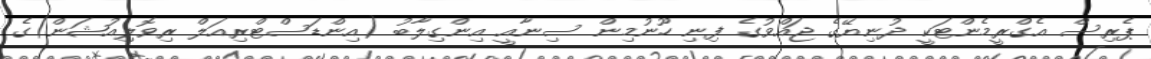
ޕެރިސް އެގްރީމެންޓަކީ ދުނިޔޭގެ ޖައްވުގެ ފިނި ހޫނުމިން ސިނާއީ އިންގިލާބު (އިންޑަސްޓްރިއަލް ރިވޮލިއުޝަން)ގެ